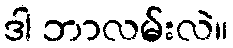
ဒါ ဘာလမ်းလဲ။